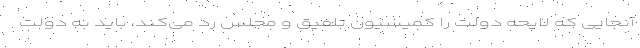
آنجایی که لایحه دولت را کمیسیون تلفیق و مجلس رد می‌کند، باید به دولت